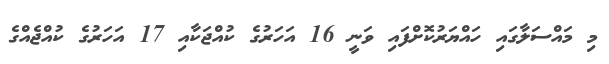
މި މައްސަލާގައި ހައްޔަރުކޮށްފައި ވަނީ 16 އަހަރުގެ ކުއްޖަކާއި 17 އަހަރުގެ ކުއްޖެއްގެ